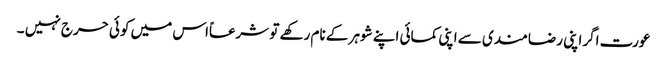
عورت اگراپنی رضامندی سے اپنی کمائی اپنے شوہر کے نام رکھے تو شرعاًاس میں کوئی حرج نہیں ۔